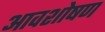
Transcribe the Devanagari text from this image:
आवशोषण